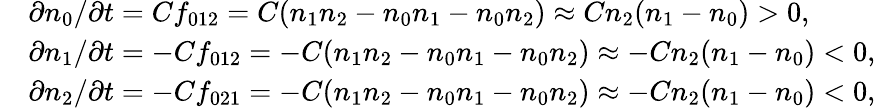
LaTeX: \begin{array}{rl}&{\partial n_{0}/\partial t=Cf_{012}=C(n_{1}n_{2}-n_{0}n_{1}-n_{0}n_{2})\approx Cn_{2}(n_{1}-n_{0})>0,}\\ &{\partial n_{1}/\partial t=-Cf_{012}=-C(n_{1}n_{2}-n_{0}n_{1}-n_{0}n_{2})\approx-Cn_{2}(n_{1}-n_{0})<0,}\\ &{\partial n_{2}/\partial t=-Cf_{021}=-C(n_{1}n_{2}-n_{0}n_{1}-n_{0}n_{2})\approx-Cn_{2}(n_{1}-n_{0})<0,}\end{array}